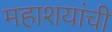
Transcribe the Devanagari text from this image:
महाशयांची